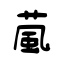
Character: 葻